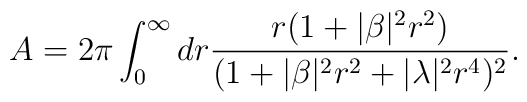
A = 2\pi \int^{\infty}_{0} dr \frac{r (1+|\beta|^2 r^2 )}{(1+|\beta|^2 r^2 + |\lambda|^2 r^4 )^2}.